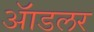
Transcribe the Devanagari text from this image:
ॲाडलर